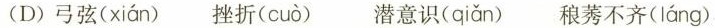
(D)弓弦( xián ) 挫折( cuò ) 潜意识( qiǎn ) 稂莠不齐( láng )